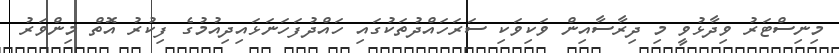
މިނިސްޓަރު ވިދާޅުވީ މި ދިރާސާއިން ވަކިވަކި ސަރަހައްދުތަކުގައި ހައްދުފަހަނަޅައިދިއުމުގެ ފިކުރު އޮތް މިންވަރު